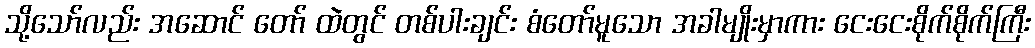
သို့သော်လည်း အဆောင် တော် ထဲတွင် တစ်ပါးချင်း စံတော်မူသော အခါမျိုးမှာကား ငေးငေးစိုက်စိုက်ကြီး